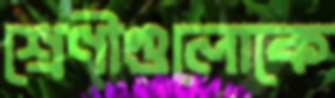
শ্রেণীগুলোকে